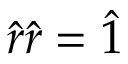
\hat { r } \hat { r } = \hat { 1 }